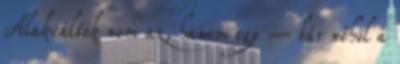
Alakváltók nem az, hanem egy – bár néhol a